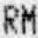
RM